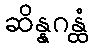
ဆိန္နဂန္ထံ